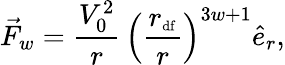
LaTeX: \vec{F}_{w}=\frac{V_{0}^{2}}{r}\, \left(\frac{r_{\mathrm{{\scriptsize df}}}}{r}\right)^{3w+1}\hat{e}_{r},